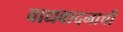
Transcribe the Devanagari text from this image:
वाद्यवादनाची